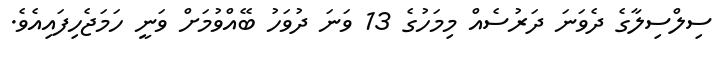
ސިލްސިލާގެ ދެވަނަ ދަރުސެއް މިމަހުގެ 13 ވަނަ ދުވަހު ބޭއްވުމަށް ވަނީ ހަމަޖެހިފައިއެވެ.